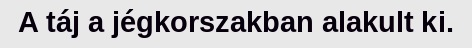
A táj a jégkorszakban alakult ki.